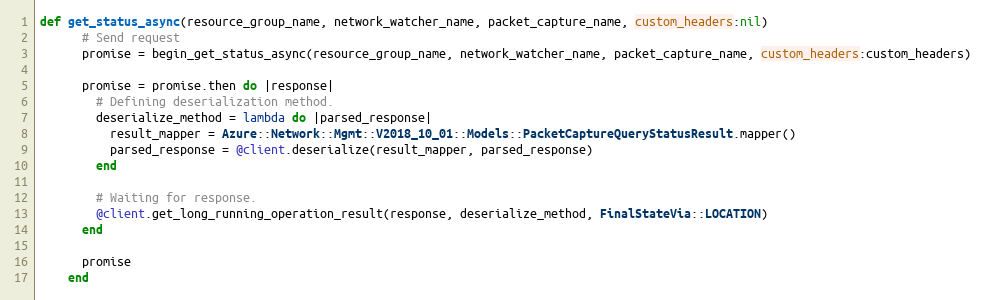
Language: Ruby
def get_status_async(resource_group_name, network_watcher_name, packet_capture_name, custom_headers:nil)
      # Send request
      promise = begin_get_status_async(resource_group_name, network_watcher_name, packet_capture_name, custom_headers:custom_headers)

      promise = promise.then do |response|
        # Defining deserialization method.
        deserialize_method = lambda do |parsed_response|
          result_mapper = Azure::Network::Mgmt::V2018_10_01::Models::PacketCaptureQueryStatusResult.mapper()
          parsed_response = @client.deserialize(result_mapper, parsed_response)
        end

        # Waiting for response.
        @client.get_long_running_operation_result(response, deserialize_method, FinalStateVia::LOCATION)
      end

      promise
    end